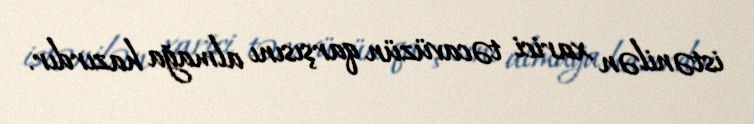
istənilən xarici təcavüzün qarşısını almağa hazırdır.